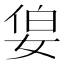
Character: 𪥷